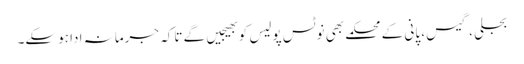
بجلی ، گیس، پانی کے محکمے بھی نوٹس پولیس کو بھیجیں گے تاکہ جرمانہ ادا ہوسکے۔